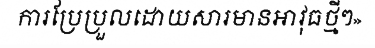
ការប្រែប្រួលដោយសារមានអាវុធថ្មីៗ»